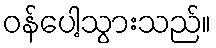
ဝန်ပေါ့သွားသည်။